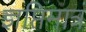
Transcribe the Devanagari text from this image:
ज्ञप्तिमात्रं